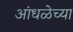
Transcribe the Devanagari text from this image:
आंधळेच्या